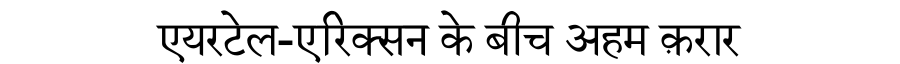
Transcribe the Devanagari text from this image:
एयरटेल-एरिक्सन के बीच अहम क़रार